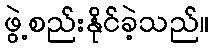
ဖွဲ့စည်းနိုင်ခဲ့သည်။